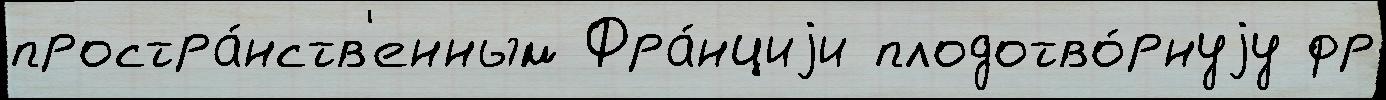
простра́нств'енным Фра́нциjи плодотво́рнуjу фр